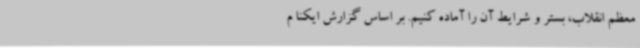
معظم انقلاب، بستر و شرایط آن را آماده کنیم. بر اساس گزارش ایکنا م